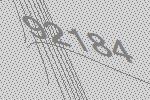
92184